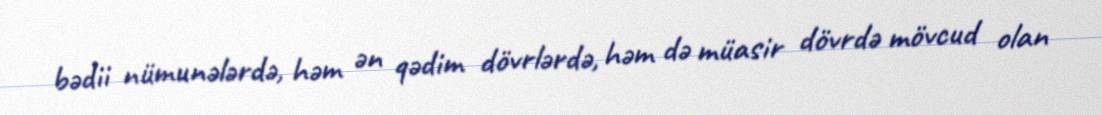
bədii nümunələrdə, həm ən qədim dövrlərdə, həm də müasir dövrdə mövcud olan